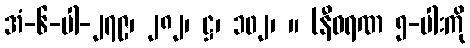
အံ-၆-ပါ-၂၇၉၊ ၂၈၂၊ ဋ္ဌ၊ ၁၀၂၊ ။ (နီဝရဏ ၅-ပါးကို